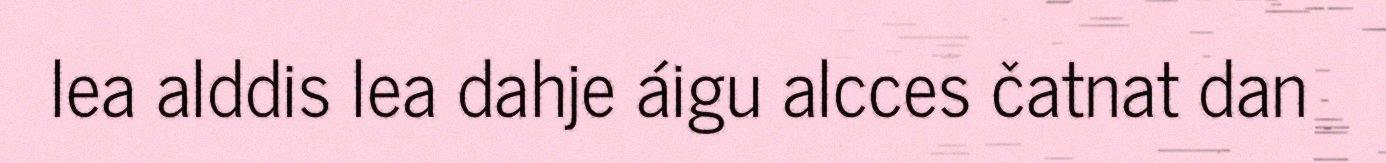
lea alddis lea dahje áigu alcces čatnat dan